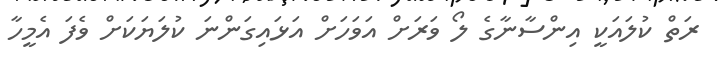
ރަތް ކުލައަކީ އިންސާނާގެ ލޯ ވަރަށް އަވަހަށް އަޅައިގަންނަ ކުލަޔަކަށް ވެފަ އެމީހާ